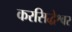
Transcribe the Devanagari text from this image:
करसिद्धेश्वर